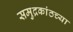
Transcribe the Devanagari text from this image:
समुद्रकांठच्या